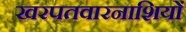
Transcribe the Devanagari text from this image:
खरपतवारनाशियों